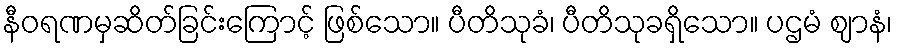
နီဝရဏမှဆိတ်ခြင်းကြောင့် ဖြစ်သော။ ပီတိသုခံ၊ ပီတိသုခရှိသော။ ပဌမံ ဈာနံ၊